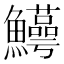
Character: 𬵸